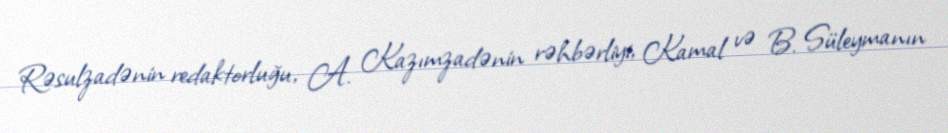
Rəsulzadənin redaktorluğu, A. Kazımzadənin rəhbərliyi, Kamal və B. Süleymanın